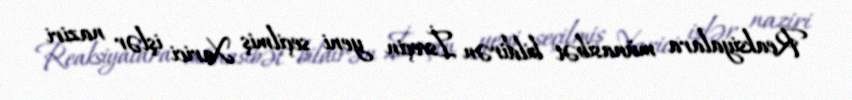
Reaksiyalara münasibət bildirən İsveçin yeni seçilmiş Xarici işlər naziri